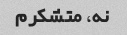
نه، متشکرم